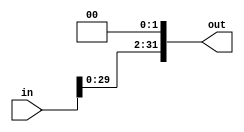
`timescale 1ns / 1ps
//////////////////////////////////////////////////////////////////////////////////
// Company: 
// Engineer: 
// 
// Design Name: 
// Module Name:    shiftLeft2 
// Project Name: 
// Target Devices: 
// Tool versions: 
// Description: 
//
// Dependencies: 
//
// Revision: 
// Revision 0.01 - File Created
// Additional Comments: 
//
//////////////////////////////////////////////////////////////////////////////////
module shiftLeft2(
    input [31:0] in,
    output [31:0] out
    );

assign out = in << 2;
endmodule